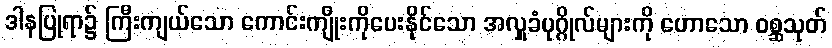
ဒါနပြုရာ၌ ကြီးကျယ်သော ကောင်းကျိုးကိုပေးနိုင်သော အလှူခံပုဂ္ဂိုလ်များကို ဟောသော ဝစ္ဆသုတ်